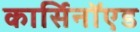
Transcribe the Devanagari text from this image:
कार्सिनॉएड